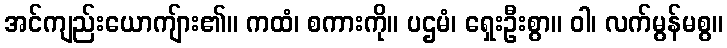
အင်ကျည်းယောကျ်ား၏။ ကထံ၊ စကားကို။ ပဌမံ၊ ရှေးဦးစွာ။ ဝါ၊ လက်မွန်မစွ။